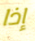
إذا